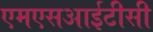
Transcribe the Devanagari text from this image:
एमएसआईटीसी